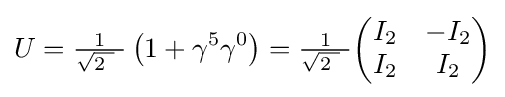
U={\tfrac {1}{{\sqrt {2\ }}\ }}\left(1+\gamma ^{5}\gamma ^{0}\right)={\tfrac {1}{{\sqrt {2\ }}\ }}{\begin{pmatrix}I_{2}&-I_{2}\\I_{2}&I_{2}\end{pmatrix}}